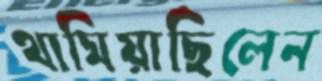
থামিয়াছিলেন